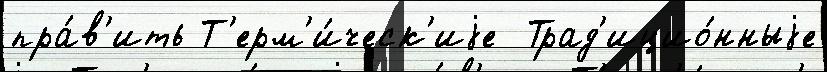
пра́в'ить Т'ерм'и́ческ'иjе  Трад'ицио́нныjе